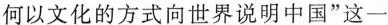
何以文化的方式向世界说明中国”这一